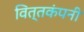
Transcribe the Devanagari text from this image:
वित्तकंपनी